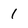
Character: 1